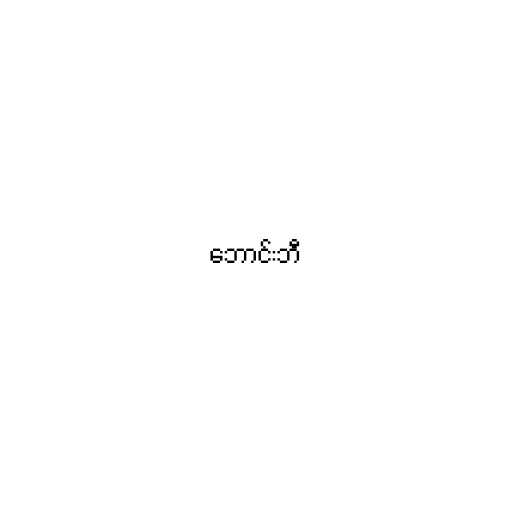
ဘောင်းဘီ